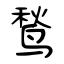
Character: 鹙